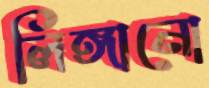
লিঙ্গানো